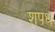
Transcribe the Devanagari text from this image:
शपध